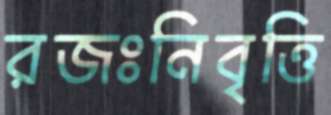
রজঃনিবৃত্তি